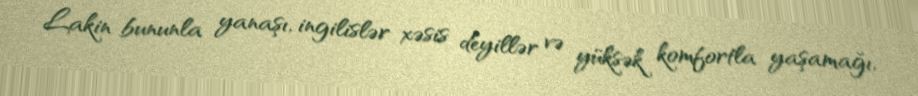
Lakin bununla yanaşı, ingilislər xəsis deyillər və yüksək komfortla yaşamağı,